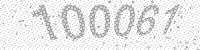
Solution: 100061